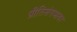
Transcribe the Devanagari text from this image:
प्रीतिसंगमावर